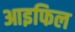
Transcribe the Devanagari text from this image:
आइफिल